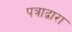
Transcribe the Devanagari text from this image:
पत्राद्वारा